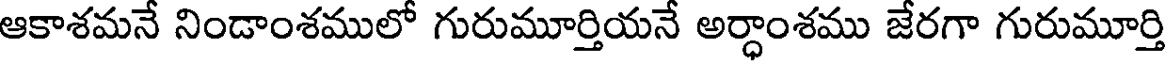
ఆకాశమనే నిండాంశములో గురుమూర్తియనే అర్ధాంశము జేరగా గురుమూర్తి